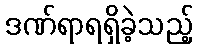
ဒဏ်ရာရရှိခဲ့သည့်